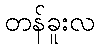
တန်ခူးလ